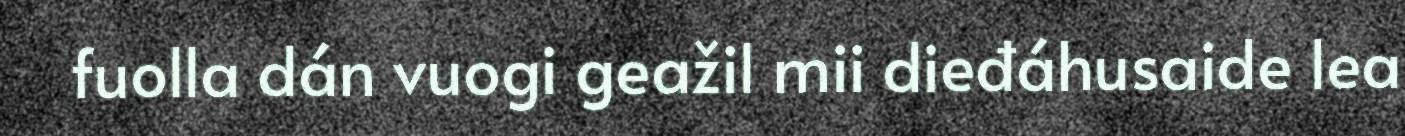
fuolla dán vuogi geažil mii dieđáhusaide lea